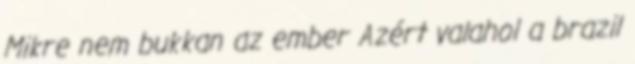
Mikre nem bukkan az ember Azért valahol a brazil